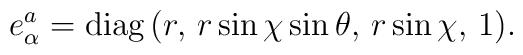
e_\alpha ^a={\rm diag}\,(r,\,r\sin \chi \sin \theta ,\,r\sin \chi ,\,1).